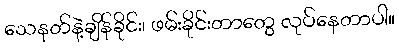
သေနတ်နဲ့ချိန်ခိုင်း၊ ဖမ်းခိုင်းတာတွေ လုပ်နေတာပါ။